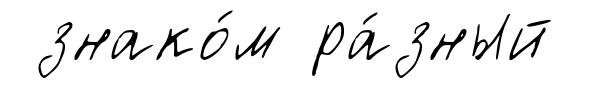
знако́м ра́зный